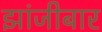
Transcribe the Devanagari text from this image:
झांजीबार